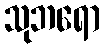
သုဘရော